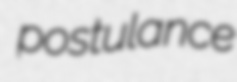
postulance